Sketch of the medical history of the native army of Bombay, for the year
Year: 1876
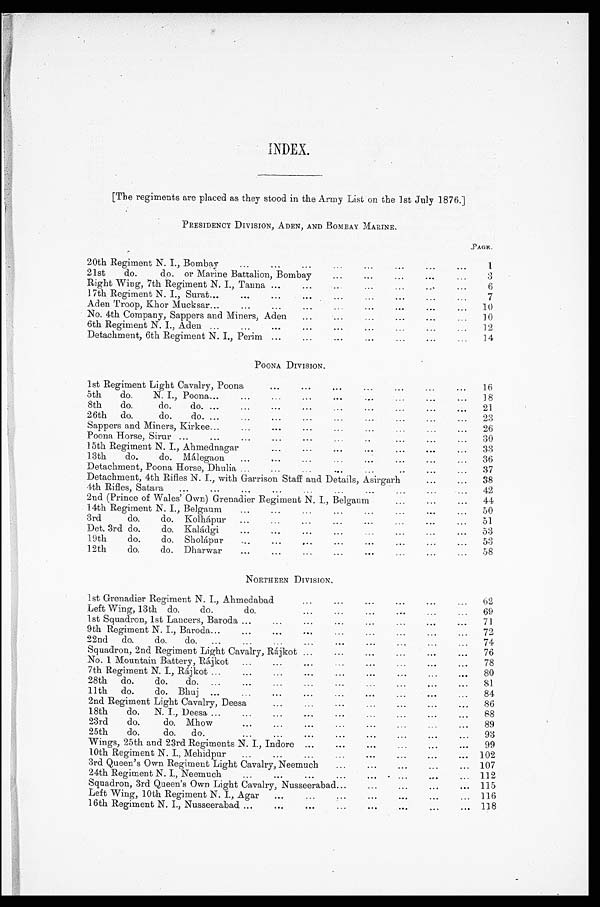
INDEX.
[The regiments are placed as they stood in the Army List on the 1st July 1876.]
PRESIDENCY DIVISION, ADEN, AND BOMBAY MARINE.
PAGE.
20th Regiment N. I., Bombay
...
...
...
...
...
...
. . .
. . .
1
21st do. do. or Marine Battalion, Bombay
...
...
...
...
...
3
Right Wing, 7th Regiment N. I., Tanna ...
...
... ... ... ... ...
6
17th Regiment N. I., Surat...
...
...
...
...
...
...
...
...
...
7
Aden Troop, Khor Mucksar...
...
...
...
...
...
...
...
...
10
No. 4th Company, Sappers and Miners, Aden ...
...
...
...
... ...
10
6th Regiment N. I., Aden ...
...
...
...
...
...
. . . . . . . . .
12
Detachment, 6th Regiment N. I., Perim ...
...
...
...
...
...
14
POONA DIVISION.
1st Regiment Light Cavalry, Poona
...
...
...
...
... . . . . . . 16
5th do.
N. I., Poona
...
...
...
...
...
...
...
18
8th do.
do. do. ...
...
...
...
...
...
...
...
21
26th do.
do. do. ...
...
...
...
...
...
...
...
...
23
Sappers and Miners, Kirkee...
...
...
...
...
...
...
...
...
26
Poona Horse, Sirur ...
...
...
...
...
...
...
...
...
...
30
15th Regiment N. I., Ahmednagar
...
...
...
...
...
. . .
. . .
33
13th do.
do. Málegaon ...
...
...
...
...
...
...
...
3 6
Detachment, Poona Horse, Dhulia ...
...
...
...
...
...
. . .
...
37
Detachment, 4th Rifles N. I., with Garrison Staff and Details, Asirgarh
...
... 1 3 8
4th Rifles, Satara ...
...
...
...
...
...
...
...
...
...
42
2nd (Prince of Wales' Own) Grenadier Regiment N. I., Belgaum
...
...
... 44
14th Regiment N. I., Belgaum ...
...
...
...
...
...
...
...
50
3rd
do.
do. Kolhápur ...
...
...
...
...
...
. . .
...
51
Det. 3rd do.
do. Kaládgi
...
...
...
...
...
. . . . . . . . .
53
19th
do.
do. Sholápur ...
...
...
...
...
...
...
... 5 3
12th
do.
do. Dharwar ...
...
...
...
..
.
...
...
...
58
NORTHERN DIVISION.
1st Grenadier Regiment N. I., Ahmedabad
...
...
...
...
...
...
62
Left Wing, 13th do.
do.
do.
...
...
...
...
...
...
69
1st Squadron, 1st Lancers, Baroda ...
...
...
...
...
...
...
...
71
9th Regiment N. I., Baroda...
...
...
...
...
...
... ... ...
72
22nd do.
do. do. ...
...
...
...
...
...
...
...
...
74
Squadron, 2nd Regiment Light Cavalry, Rájkot ...
...
...
...
...
...
76
No. 1 Mountain Battery, Rájkot ...
...
...
...
...
... ... ... ...
78
7th Regiment N. I., Rájkot ...
...
...
...
...
...
...
... ...
80
28th do.
do. do. ...
...
...
...
...
...
...
...
...
81
11th do.
do. Bhuj ...
...
...
...
...
...
...
...
...
...
84
2nd Regiment Light Cavalry, Deesa
...
...
...
.
..
...
...
...
86
18th do. N. I., Deesa ...
...
...
...
...
..
.
...
...
...
88
23rd do.
do. Mhow
...
...
...
...
...
...
...
...
89
25th do.
do. do.
...
...
...
...
...
...
...
...
93
Wings, 25th and 23rd Regiments N. I., Indore ...
...
...
...
... ...
99
10th Regiment N. I., Mehidpur ...
...
...
...
...
...
...
...
102
3rd Queen's Own Regiment Light Cavalry, Neemuch
...
...
...
...
...
107
24th Regiment N. I., Neemuch
...
...
...
...
... ... ... ...
112
Squadron, 3rd Queen's Own Light Cavalry, Nusseerabad...
...
...
...
... 115
Left Wing, 10th Regiment N. I., Agar ...
...
...
...
...
...
... 116
1 6 t h R e g i m e n t N . I . , N u s s e e r a b a d
. . .
. . .
. . .
. . .
. . .
. .
.
. . .
. . . 118